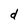
Character: d